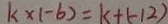
k \times ( - 6 ) = k + ( - 1 2 )